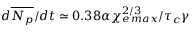
d \overline { { N _ { p } } } / d t \simeq 0 . 3 8 \alpha \chi _ { e \, m a x } ^ { 2 / 3 } / \tau _ { c } \gamma